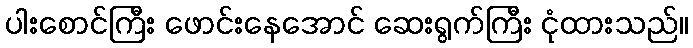
ပါးစောင်ကြီး ဖောင်းနေအောင် ဆေးရွက်ကြီး ငုံထားသည်။